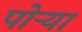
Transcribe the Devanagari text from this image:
पोऱ्या